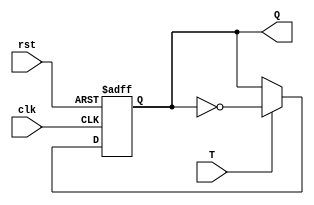
`timescale 1ns / 1ps
//////////////////////////////////////////////////////////////////////////////////
// Company: 
// Engineer: 
// 
// Design Name: 
// Module Name: T_flipflop_no_oneshottrigger
// Project Name: 
// Target Devices: 
// Tool Versions: 
// Description: 
// 
// Dependencies: 
// 
// Revision:
// Revision 0.01 - File Created
// Additional Comments:
// 
//////////////////////////////////////////////////////////////////////////////////


module T_flipflop_no_oneshottrigger(clk, rst, T, Q);

input T, clk, rst;
output reg Q;

always @(posedge clk or negedge rst)
begin
    if(!rst)
        Q <= 1'b0;
    else if(T)
        Q <= ~Q;
end
endmodule